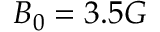
B _ { 0 } = 3 . 5 G